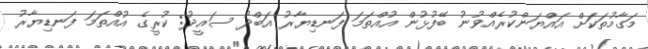
މަގާމުތަކަށް އައްޔަންކުރެއްވުނު ބޭފުޅުން އުއްތަމަ ފަނޑިޔާރު އަބްދު ސައީދު: ކުރީގެ އުއްތަމަ ފަނޑިޔާރު